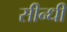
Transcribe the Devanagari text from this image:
सीन्धी